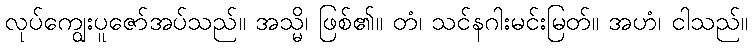
လုပ်ကျွေးပူဇော်အပ်သည်။ အသ္မိ၊ ဖြစ်၏။ တံ၊ သင်နဂါးမင်းမြတ်။ အဟံ၊ ငါသည်။